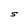
Character: S